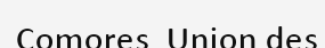
Comores  Union des